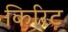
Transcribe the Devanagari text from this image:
किरिट